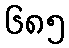
၆၈၅